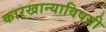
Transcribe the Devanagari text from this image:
कारखान्याविषयी